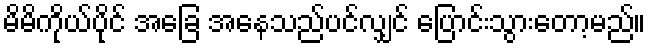
မိမိကိုယ်ပိုင် အခြေ အနေသည်ပင်လျှင် ပြောင်းသွားတော့မည်။